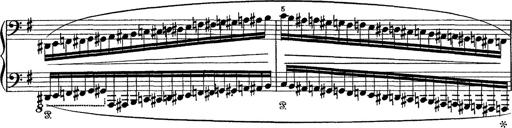
Title: Tarantelle di bravura dâ€™aprÃ¨s la tarantelle de La muette de Portici
Composer: Franz Liszt